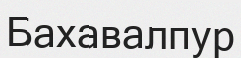
Бахавалпур